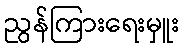
ညွန်ကြားရေးမှူး